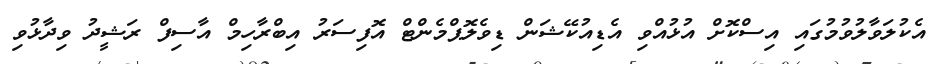
އެކުލަވާލުވުމުގައި އިސްކޮށް އުޅުއްވި އެޑިއުކޭޝަން ޑިވެލޮޕްމެންޓް އޮފިސަރު އިބްރާހިމް އާސިފް ރަޝީދު ވިދާޅުވި